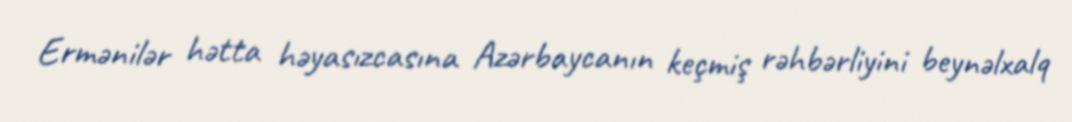
Ermənilər hətta həyasızcasına Azərbaycanın keçmiş rəhbərliyini beynəlxalq